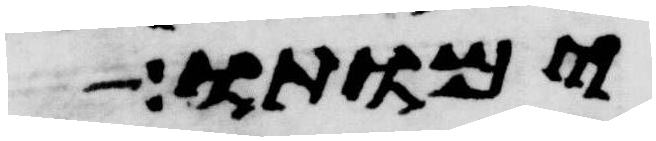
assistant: ימותו